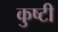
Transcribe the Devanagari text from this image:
कुष्टी